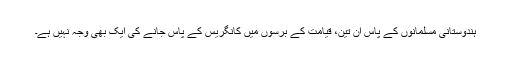
ہندوستانی مسلمانوں کے پاس ان تین، قیامت کے برسوں میں کانگریس کے پاس جانے کی ایک بھی وجہ نہیں ہے۔